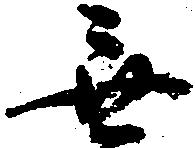
無